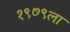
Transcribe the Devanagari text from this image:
१९७९ला